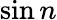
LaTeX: \sin n